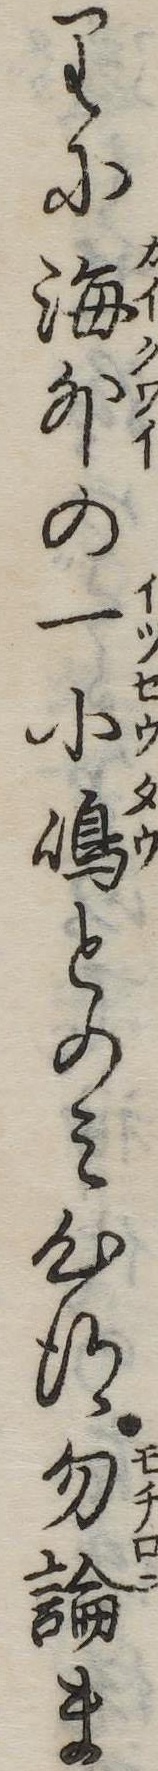
りに海外の一小島とのみ心得勿論ま